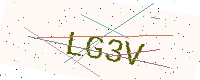
Text: LG3V